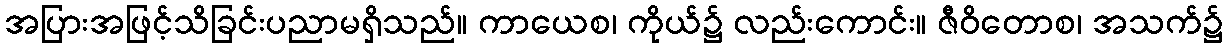
အပြားအဖြင့်သိခြင်းပညာမရှိသည်။ ကာယေစ၊ ကိုယ်၌ လည်းကောင်း။ ဇီဝိတောစ၊ အသက်၌